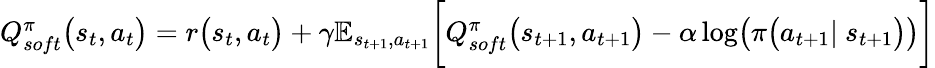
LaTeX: \begin{array}{r}{Q_{soft}^{\pi}\big(s_{t},a_{t}\big)=r\big(s_{t},a_{t}\big)+\gamma\mathbb{E}_{s_{t+1},a_{t+1}}\biggl[Q_{soft}^{\pi}\big(s_{t+1},a_{t+1}\big)-\alpha\log\bigl(\pi\big(a_{t+1}|\ s_{t+1}\bigr)\bigr)\biggr]}\end{array}